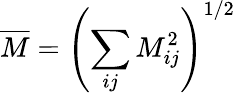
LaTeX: \overline{{M}}=\left(\sum_{ij}M_{ij}^{2}\right)^{1/2}